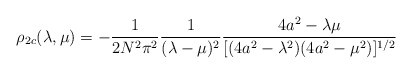
\begin{align*}\rho_{2c}(\lambda,\mu) = - {1\over{2N^{2}\pi^{2}}}{1\over{(\lambda-\mu)^{2}}} {{4a^{2} - \lambda\mu}\over{[(4a^{2} -\lambda^{2})(4a^{2} - \mu^{2})]^{1/2}}}\end{align*}